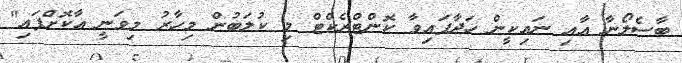
ބާސެލޯނާ އާއި ނައިކީން ހަދާފައިވާ ކޮންޓްރެކްޓް މި ކުލަބުން މިހާރު މިވަނީ އާކޮށްފައި"